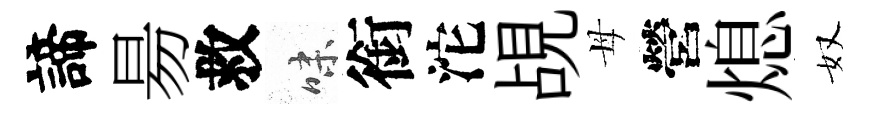
諦昜救味銜沱覘母營熄奴